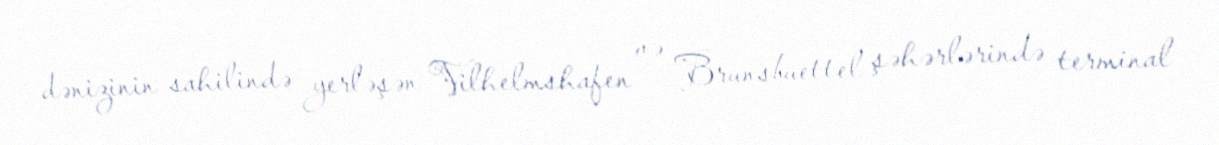
dənizinin sahilində yerləşən Vilhelmshafen və Brunsbuettel şəhərlərində terminal